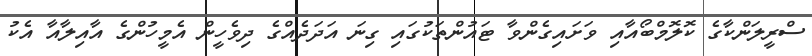
ސްރީލަންކާގެ ކޮލޮމްބޯއާއި ވަށައިގެންވާ ޓައުންތަކުގައި ގިނަ އަދަދެއްގެ ދިވެހީން އެމީހުންގެ އާއިލާއާ އެކު